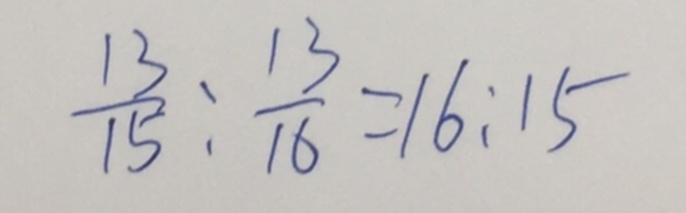
\frac { 1 3 } { 1 5 } : \frac { 1 3 } { 1 6 } = 1 6 : 1 5